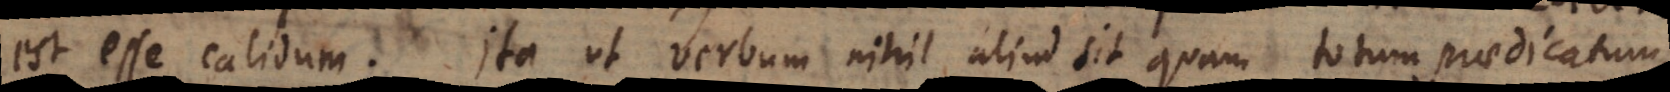
est esse calidum. Ita ut verbum nihil aliud sit quam totum praedicatum,